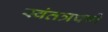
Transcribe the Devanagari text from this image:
स्वंतत्रपणे